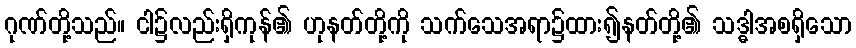
ဂုဏ်တို့သည်။ ငါ၌လည်းရှိကုန်၏ ဟုနတ်တို့ကို သက်သေအရာ၌ထား၍နတ်တို့၏ သဒ္ဓါအစရှိသော